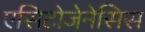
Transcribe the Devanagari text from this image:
एसिटोजेनेसिस